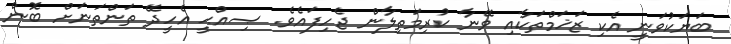
ބަޔަކުވަނީ އެކި ޒަޚަމްތަކާއި ވޭނާ ކުރިމަތިލާން ޖެހިފައެވެ. ޞިއްޙީ އެހީދޭ ތަންތަނަށް ބޮން